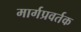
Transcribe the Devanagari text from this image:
मार्गप्रवर्तक